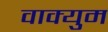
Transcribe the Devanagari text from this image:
वाक्युम